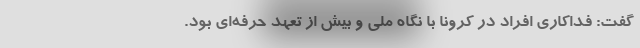
گفت: فداکاری افراد در کرونا با نگاه ملی و بیش از تعهد حرفه‌ای بود.